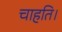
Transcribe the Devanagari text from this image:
चाहति।